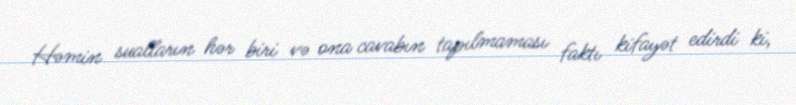
Həmin sualların hər biri və ona cavabın tapılmaması faktı kifayət edirdi ki,